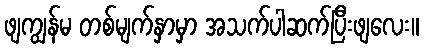
ဖျကျွန်မ တစ်မျက်နှာမှာ အသက်ပါဆက်ပြီးဖျလေး။